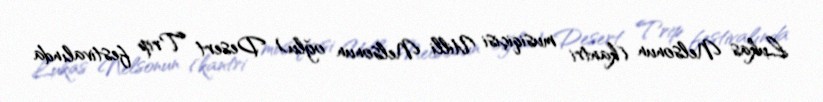
Lukas Nelsonun (kantri musiqiçisi Uilli Nelsonun oğlu) Desert Trip festivalında